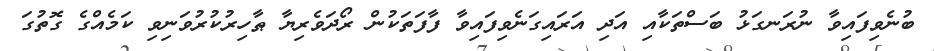
ބުނެވިފައިވާ ނުރަނގަޅު ބަސްތަކާއި އަދި އަރައިގަނެވިފައިވާ ފާފަތަކުން ރޯދަވެރިޔާ ޠާހިރުކުރުވަނިވި ކަމެއްގެ ގޮތުގަ